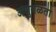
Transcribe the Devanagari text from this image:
अणुगळती